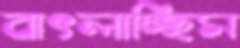
বাৎলাচ্ছিস